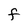
Character: F